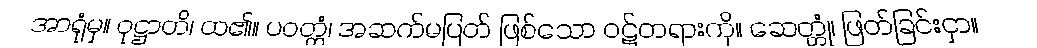
အာရုံမှ။ ဝုဋ္ဌာတိ၊ ထ၏။ ပဝတ္တံ၊ အဆက်မပြတ် ဖြစ်သော ဝဋ်တရားကို။ ဆေတ္တုံ၊ ဖြတ်ခြင်းငှာ။